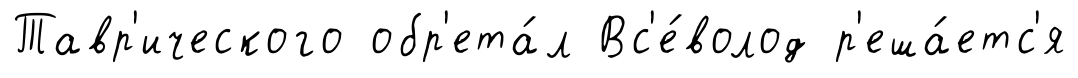
Тавр'ического обр'ета́л Вс'е́волод р'еша́етс'я